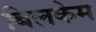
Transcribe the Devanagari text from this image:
बिलकेम